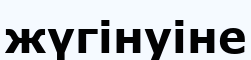
жүгінуіне